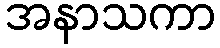
အနာသကာ